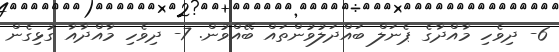
6- ދިވެހި މާއްދާގެ ޕެނަލް ބައްދަލުވުންތައް ބޭއްވުން. 7- ދިވެހި މާއްދާއާ ގުޅިގެން